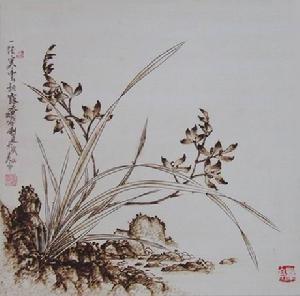
松竹翠萝寒，迟日江山暮。